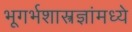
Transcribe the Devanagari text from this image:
भूगर्भशास्त्रज्ञांमध्ये